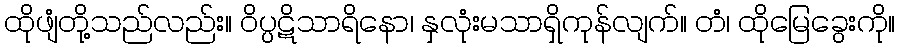
ထိုဖျံတို့သည်လည်း။ ဝိပ္ပဋိသာရိနော၊ နှလုံးမသာရှိကုန်လျက်။ တံ၊ ထိုမြေခွေးကို။